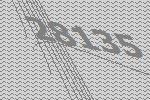
28135